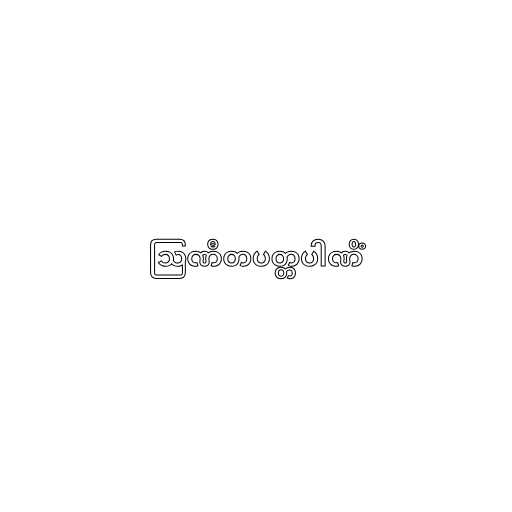
ဩဏီတပတ္တပါဏိံ